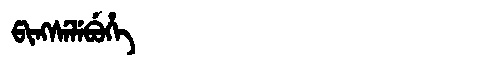
Manchu: ᡦᡳᠩᠰᡝᠯᡝᠪᡠᡥᡝ
Romanization: PINGSELEBUHE